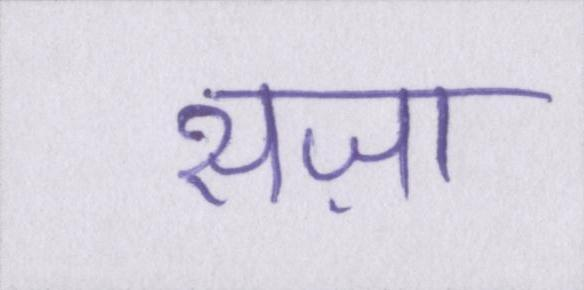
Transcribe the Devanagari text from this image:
सज़ा